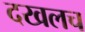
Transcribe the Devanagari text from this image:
दखलच